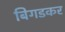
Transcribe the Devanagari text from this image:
बिगडकर